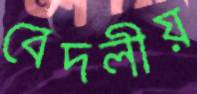
বেদলীয়